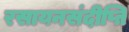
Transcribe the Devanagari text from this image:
रसायनसंदीप्ति